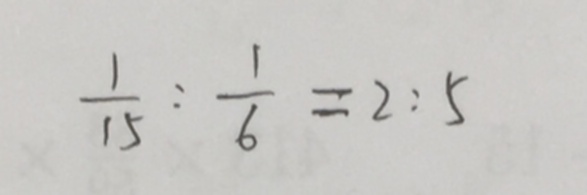
\frac { 1 } { 1 5 } : \frac { 1 } { 6 } = 2 : 5